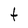
Character: t